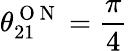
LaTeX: \theta_{21}^{\mathrm{~O~N~}}=\frac{\pi}{4}